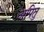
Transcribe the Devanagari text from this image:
अपितु